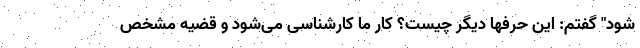
شود" گفتم: این حرفها دیگر چیست؟ کار ما کارشناسی می‌شود و قضیه مشخص